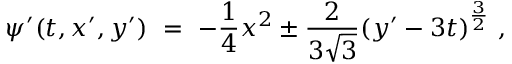
\psi ^ { \prime } ( t , x ^ { \prime } , y ^ { \prime } ) \ = \ - \frac 1 4 x ^ { 2 } \pm \frac { 2 } { 3 \sqrt { 3 } } ( y ^ { \prime } - 3 t ) ^ { \frac 3 2 } ~ ,